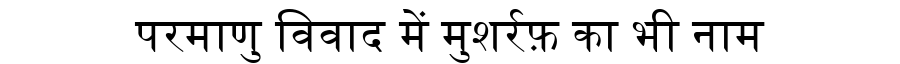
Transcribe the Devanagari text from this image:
परमाणु विवाद में मुशर्रफ़ का भी नाम